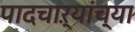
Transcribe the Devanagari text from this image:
पादचाऱ्यांच्या